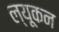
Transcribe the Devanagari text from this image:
ल्यूकन